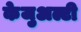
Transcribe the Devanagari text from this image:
केजुअल्टी